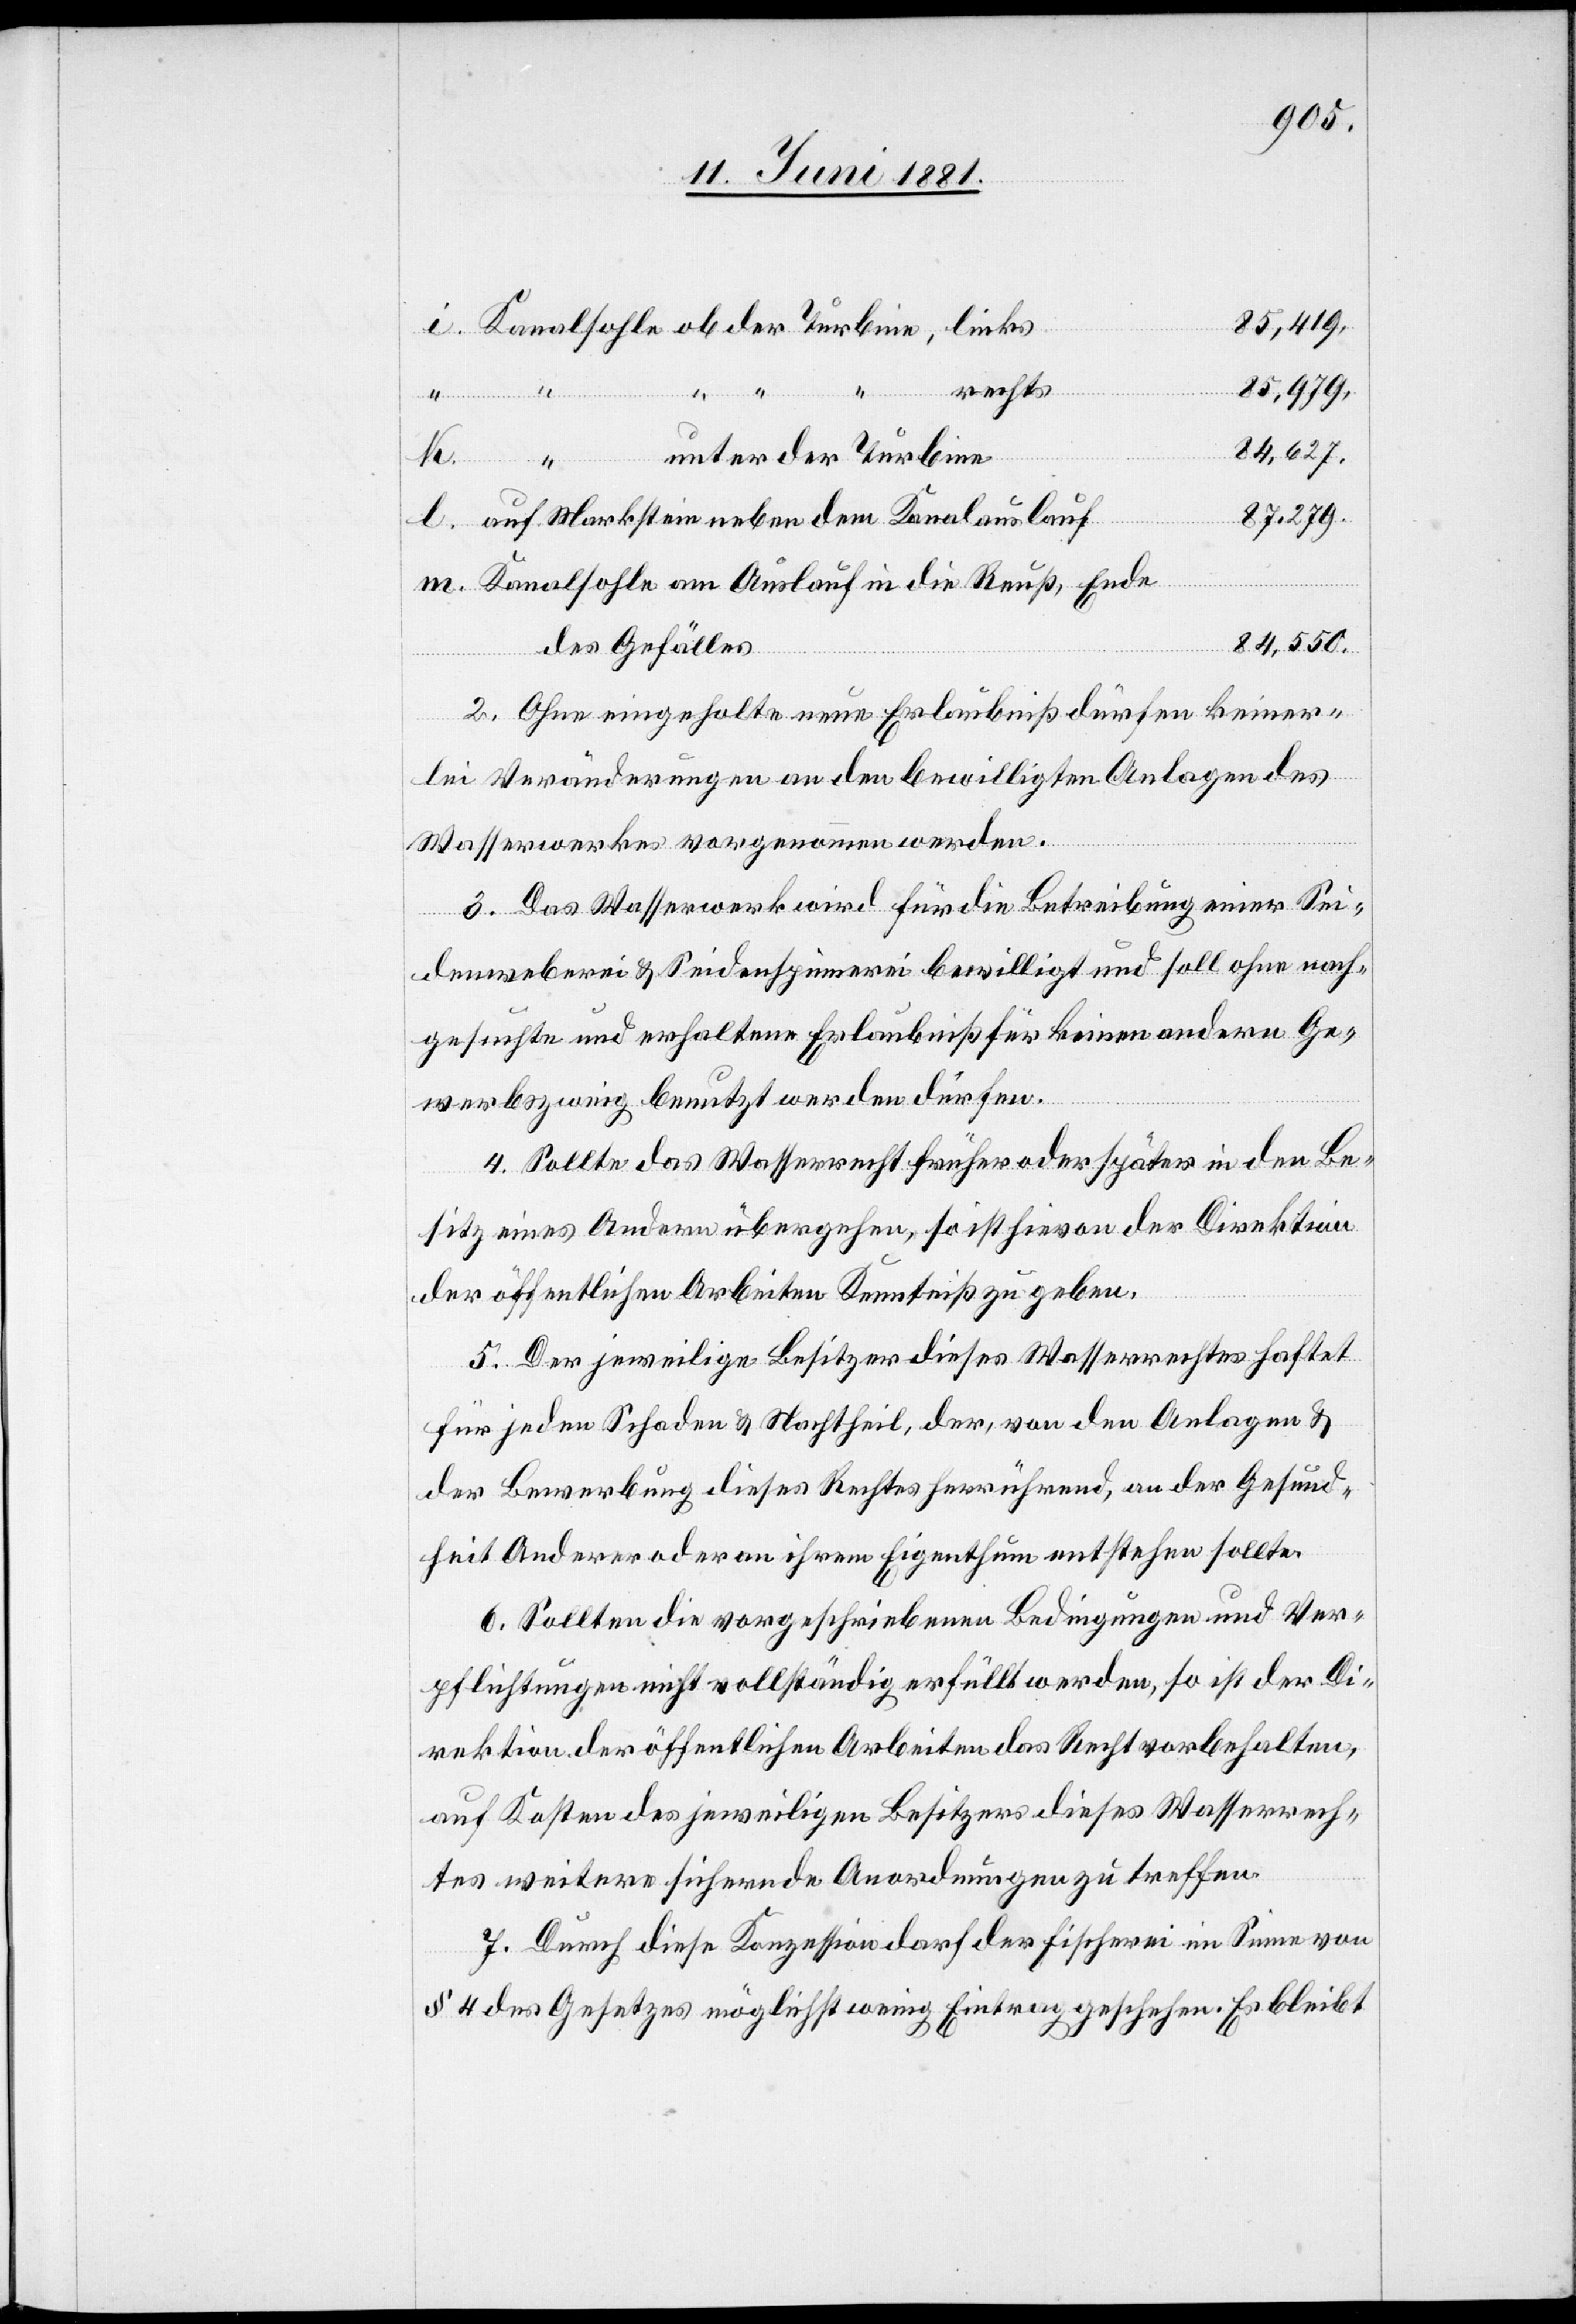
85,979.
i. Kanalsohle ob der Turbine, links
rechts
84,627.
unter der Turbine
87,279.
l. auf Marksteine neben dem Kanaleinlauf
m. Kanalsohle am Auslauf in die Reuß, Ende
84,550.
des Gefälles
2. Ohne eingeholte neue Erlaubniß dürfen keiner¬
lei Veränderungen an den bewilligten Anlagen des
Wasserwerkes vorgenommen werden.
3. Das Wasserwerk wird für die Betreibung einer Sei¬
denweberei & Seidenspinnerei bewilligt und soll ohne nach¬
gesuchte und erhaltene Erlaubniß für keinen anderen Ge¬
werbezweig benutzt werden dürfen.
k. “
4. Sollte das Wasserrecht früher oder später in den Be¬
sitz eines Andern übergehen, so ist hievon der Direktion
der öffentlichen Arbeiten Kenntniß zu geben.
5. Der jeweilige Besitzer dieses Wasserrechtes haftet
für jeden Schaden & Nachtheil, der, von den Anlagen &
der Bewerbung dieses Rechtes herrührend, an der Gesund¬
heit Anderer oder an ihrem Eigenthum entstehen sollte.
6. Sollten die vorgeschriebenen Bedingungen und Ver¬
pflichtungen nicht vollständig erfüllt werden, so ist der Di¬
rektion der öffentlichen Arbeiten das Recht vorbehalten,
auf Kosten des jeweiligen Besitzers dieses Wasserrech¬
tes weitere sichernde Anordnungen zu treffen.
7. Durch diese Konzession darf der Fischerei im Sinne von
§ 4 des Gesetzes möglichst wenig Eintrag geschehen. Es bleibt